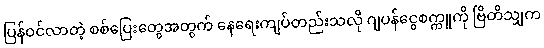
ပြန်ဝင်လာတဲ့ စစ်ပြေးတွေအတွက် နေရေးကျပ်တည်းသလို ဂျပန်ငွေစက္ကူကို ဗြိတိသျှက